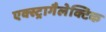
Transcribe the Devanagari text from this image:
एक्स्ट्रागैलेक्टिक